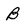
Character: B